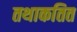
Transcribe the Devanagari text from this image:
तथाकतित